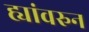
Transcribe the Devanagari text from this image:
ह्यांवरुन